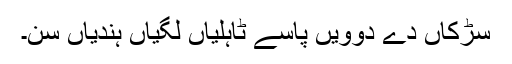
سڑکاں دے دوویں پاسے ٹاہلیاں لگیاں ہُندیاں سن۔